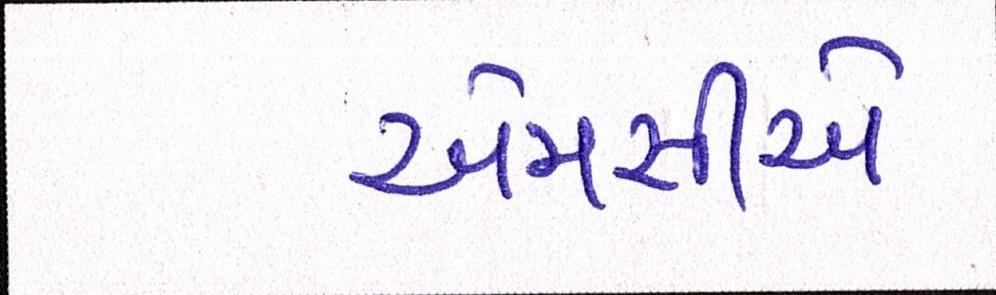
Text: એમસીએ